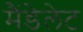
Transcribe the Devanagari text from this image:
मैंडेलेट